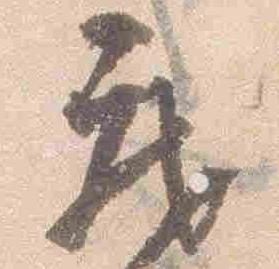
蔵